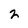
Character: 2